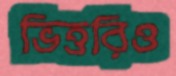
ভিত্তরিও